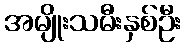
အမျိုးသမီးနှစ်ဦး